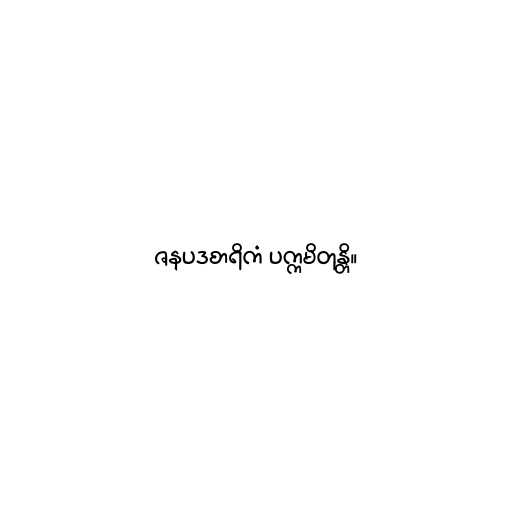
ဇနပဒစာရိကံ ပက္ကမိတုန္တိ။